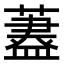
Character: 𦾗